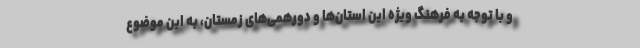
و با توجه به فرهنگ ویژه این استان‌ها و دورهمی‌های زمستان، به این موضوع